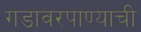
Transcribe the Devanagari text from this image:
गडावरपाण्याची